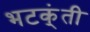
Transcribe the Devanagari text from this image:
भटक्ंती